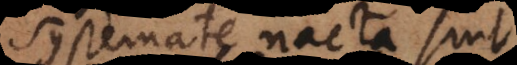
systemate nacta sint,